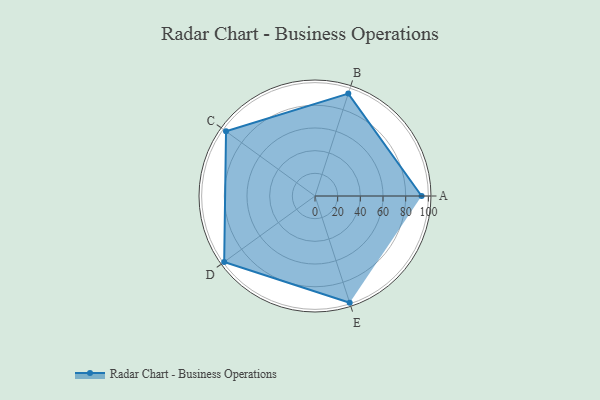
{"axis": {"x": "Skill", "y": "Score"}, "legend": ["Profile"], "data": [{"x": "A", "y": 94.0, "type": "Profile"}, {"x": "B", "y": 95.0, "type": "Profile"}, {"x": "C", "y": 97.0, "type": "Profile"}, {"x": "D", "y": 99, "type": "Profile"}, {"x": "E", "y": 99, "type": "Profile"}]}